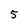
Character: 5